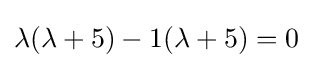
\lambda (\lambda +5)-1(\lambda +5)=0